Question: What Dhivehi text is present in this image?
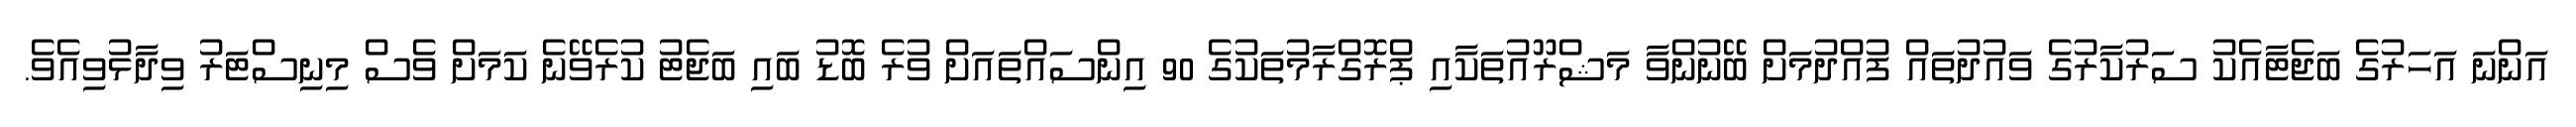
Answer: އަންނަ އަހަރުގެ ބަޖެޓާއެކު ސަރުކާރުގެ ވައުދުތައް ފުއްދުމަށް ބޭނުންވާ މަޝްރޫއުތަކާއި ޕްރޮގްރާމުތަކުގެ 90 އިންސައްތައަށް ވުރެ ބޮޑު ބައި ބަޖެޓު ކުރެވޭނެ ކަމަށް ވެސް މިނިސްޓަރު ވިދާޅުވިއެވެ.